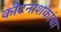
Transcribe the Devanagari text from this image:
कीटनाशकांचा